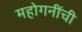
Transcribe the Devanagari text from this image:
महोगनींची